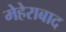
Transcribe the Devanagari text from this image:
मेहेराबाद